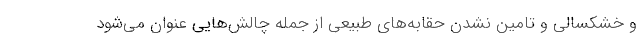
و خشکسالی و تامین نشدن حقابه‌های طبیعی از جمله چالش‌هایی عنوان می‌شود